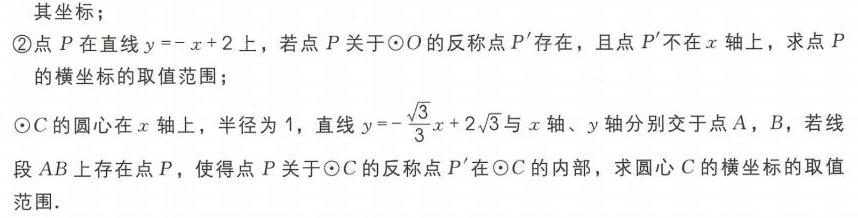
其坐标；
\textcircled{2}点\(P\)在直线\(y = -x + 2\)上，若点\(P\)关于\(\odot O\)的反称点\(P'\)存在，且点\(P'\)不在\(x\)轴上，求点\(P\)的横坐标的取值范围；
\(\odot C\)的圆心在\(x\)轴上，半径为\(1\)，直线\(y = -\frac{\sqrt{3}}{3}x + 2\sqrt{3}\)与\(x\)轴、\(y\)轴分别交于点\(A\)，\(B\)，若线段\(AB\)上存在点\(P\)，使得点\(P\)关于\(\odot C\)的反称点\(P'\)在\(\odot C\)的内部，求圆心\(C\)的横坐标的取值范围.